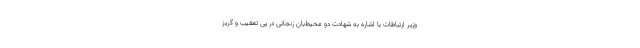
وزیر ارتباطات با اشاره به شهادت دو محیط‌بان زنجانی در پی تعقیب و گریز